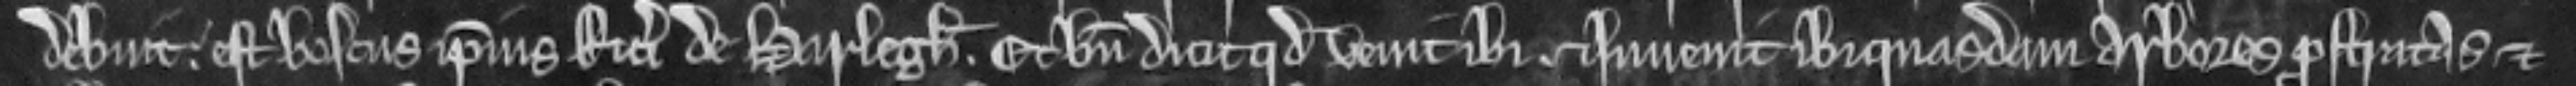
debuit est boscu s ipsius Ricardi de Harlegh . et bene dicit quod venit ibi et invenit ibi quasdam arbores prostratas et